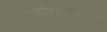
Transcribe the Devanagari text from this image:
खगोलशास्त्रापर्यंत